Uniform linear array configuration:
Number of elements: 24
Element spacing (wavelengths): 0.25
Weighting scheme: blackman
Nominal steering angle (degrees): -60
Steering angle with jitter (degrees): -61.873
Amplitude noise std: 0.05
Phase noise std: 0.05

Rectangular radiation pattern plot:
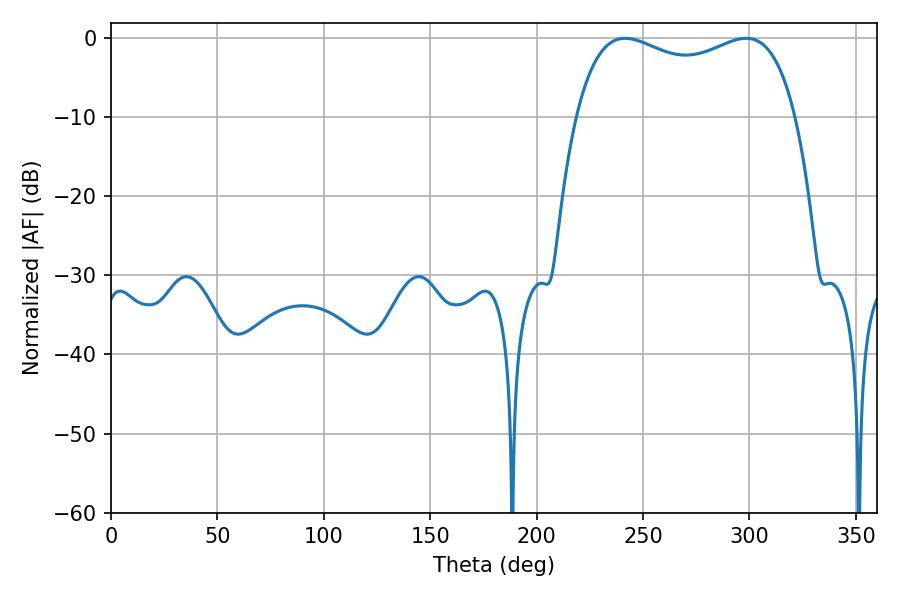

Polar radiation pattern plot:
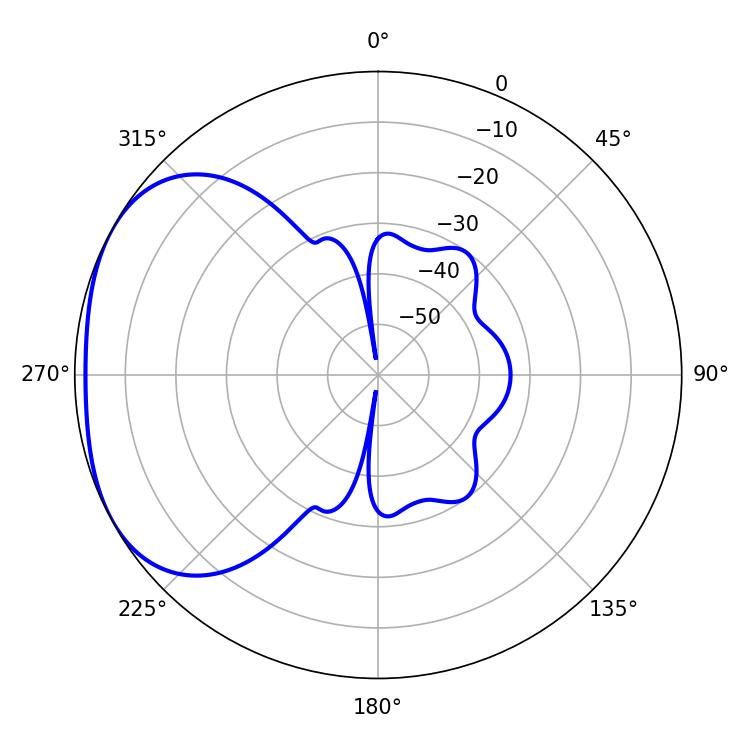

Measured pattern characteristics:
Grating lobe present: FALSE
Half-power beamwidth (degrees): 84.96
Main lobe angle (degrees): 241.56